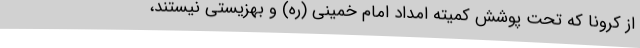
از کرونا که تحت پوشش کمیته امداد امام خمینی (ره) و بهزیستی نیستند،